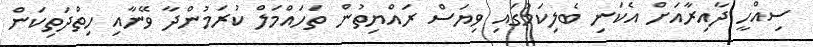
ސިއްހީ ދާއިރާއަށް އެކަނި ބެލިކަމުގައި ވިޔަސް ރައްޔިތުން ތަހައްމަލް ކުރަމުންދާ ވޭނާއި ހިތްދަތިކަން